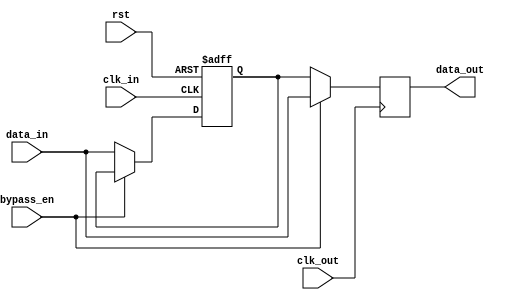
module two_way_bypass_register (
    input wire clk_in,
    input wire clk_out,
    input wire rst,
    input wire bypass_en,
    input wire [DATA_WIDTH-1:0] data_in,
    output reg [DATA_WIDTH-1:0] data_out
);

parameter DATA_WIDTH = 8;
reg [DATA_WIDTH-1:0] storage;

always @(posedge clk_in or posedge rst) begin
    if (rst) begin
        storage <= 0;
    end else begin
        if (!bypass_en) begin
            storage <= data_in;
        end
    end
end

always @(posedge clk_out) begin
    if (bypass_en) begin
        data_out <= data_in;
    end else begin
        data_out <= storage;
    end
end

endmodule